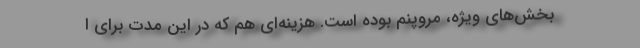
بخش‌های ویژه، مِرُوپنم بوده است. هزینه‌ای هم که در این مدت برای ا